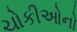
ચોકીઓનો